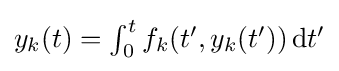
\textstyle y_{k}(t)=\int _{0}^{t}f_{k}(t',y_{k}(t'))\,\mathrm {d} t'